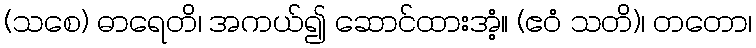
(သစေ) ဓာရေတိ၊ အကယ်၍ ဆောင်ထားအံ့။ (ဧဝံ သတိ)၊ တတော၊